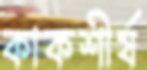
কাকশীর্ষ